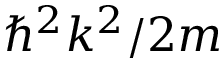
\hbar ^ { 2 } k ^ { 2 } / 2 m